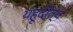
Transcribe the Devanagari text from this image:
यहूदीत्व